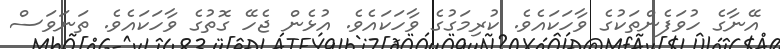
އޭނާގެ ހުވަފެންތަކުގެ ވާހަކައެވެ. ކުރިމަގުގެ ވާހަކައެވެ. އުޅެން ޖެހޭ ގޮތުގެ ވާހަކައެވެ. ތަނަވަސް